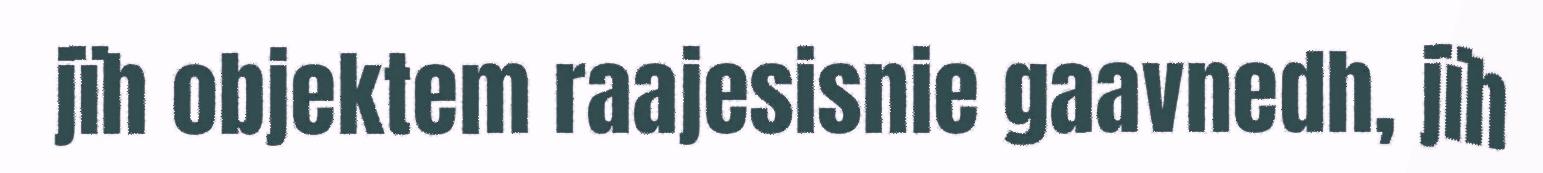
jïh objektem raajesisnie gaavnedh, jïh